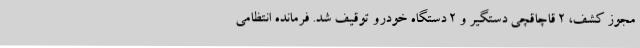
مجوز کشف، 2 قاچاقچی دستگیر و 2 دستگاه خودرو توقیف شد. فرمانده انتظامی